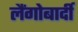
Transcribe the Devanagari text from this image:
लैंगोबार्दी